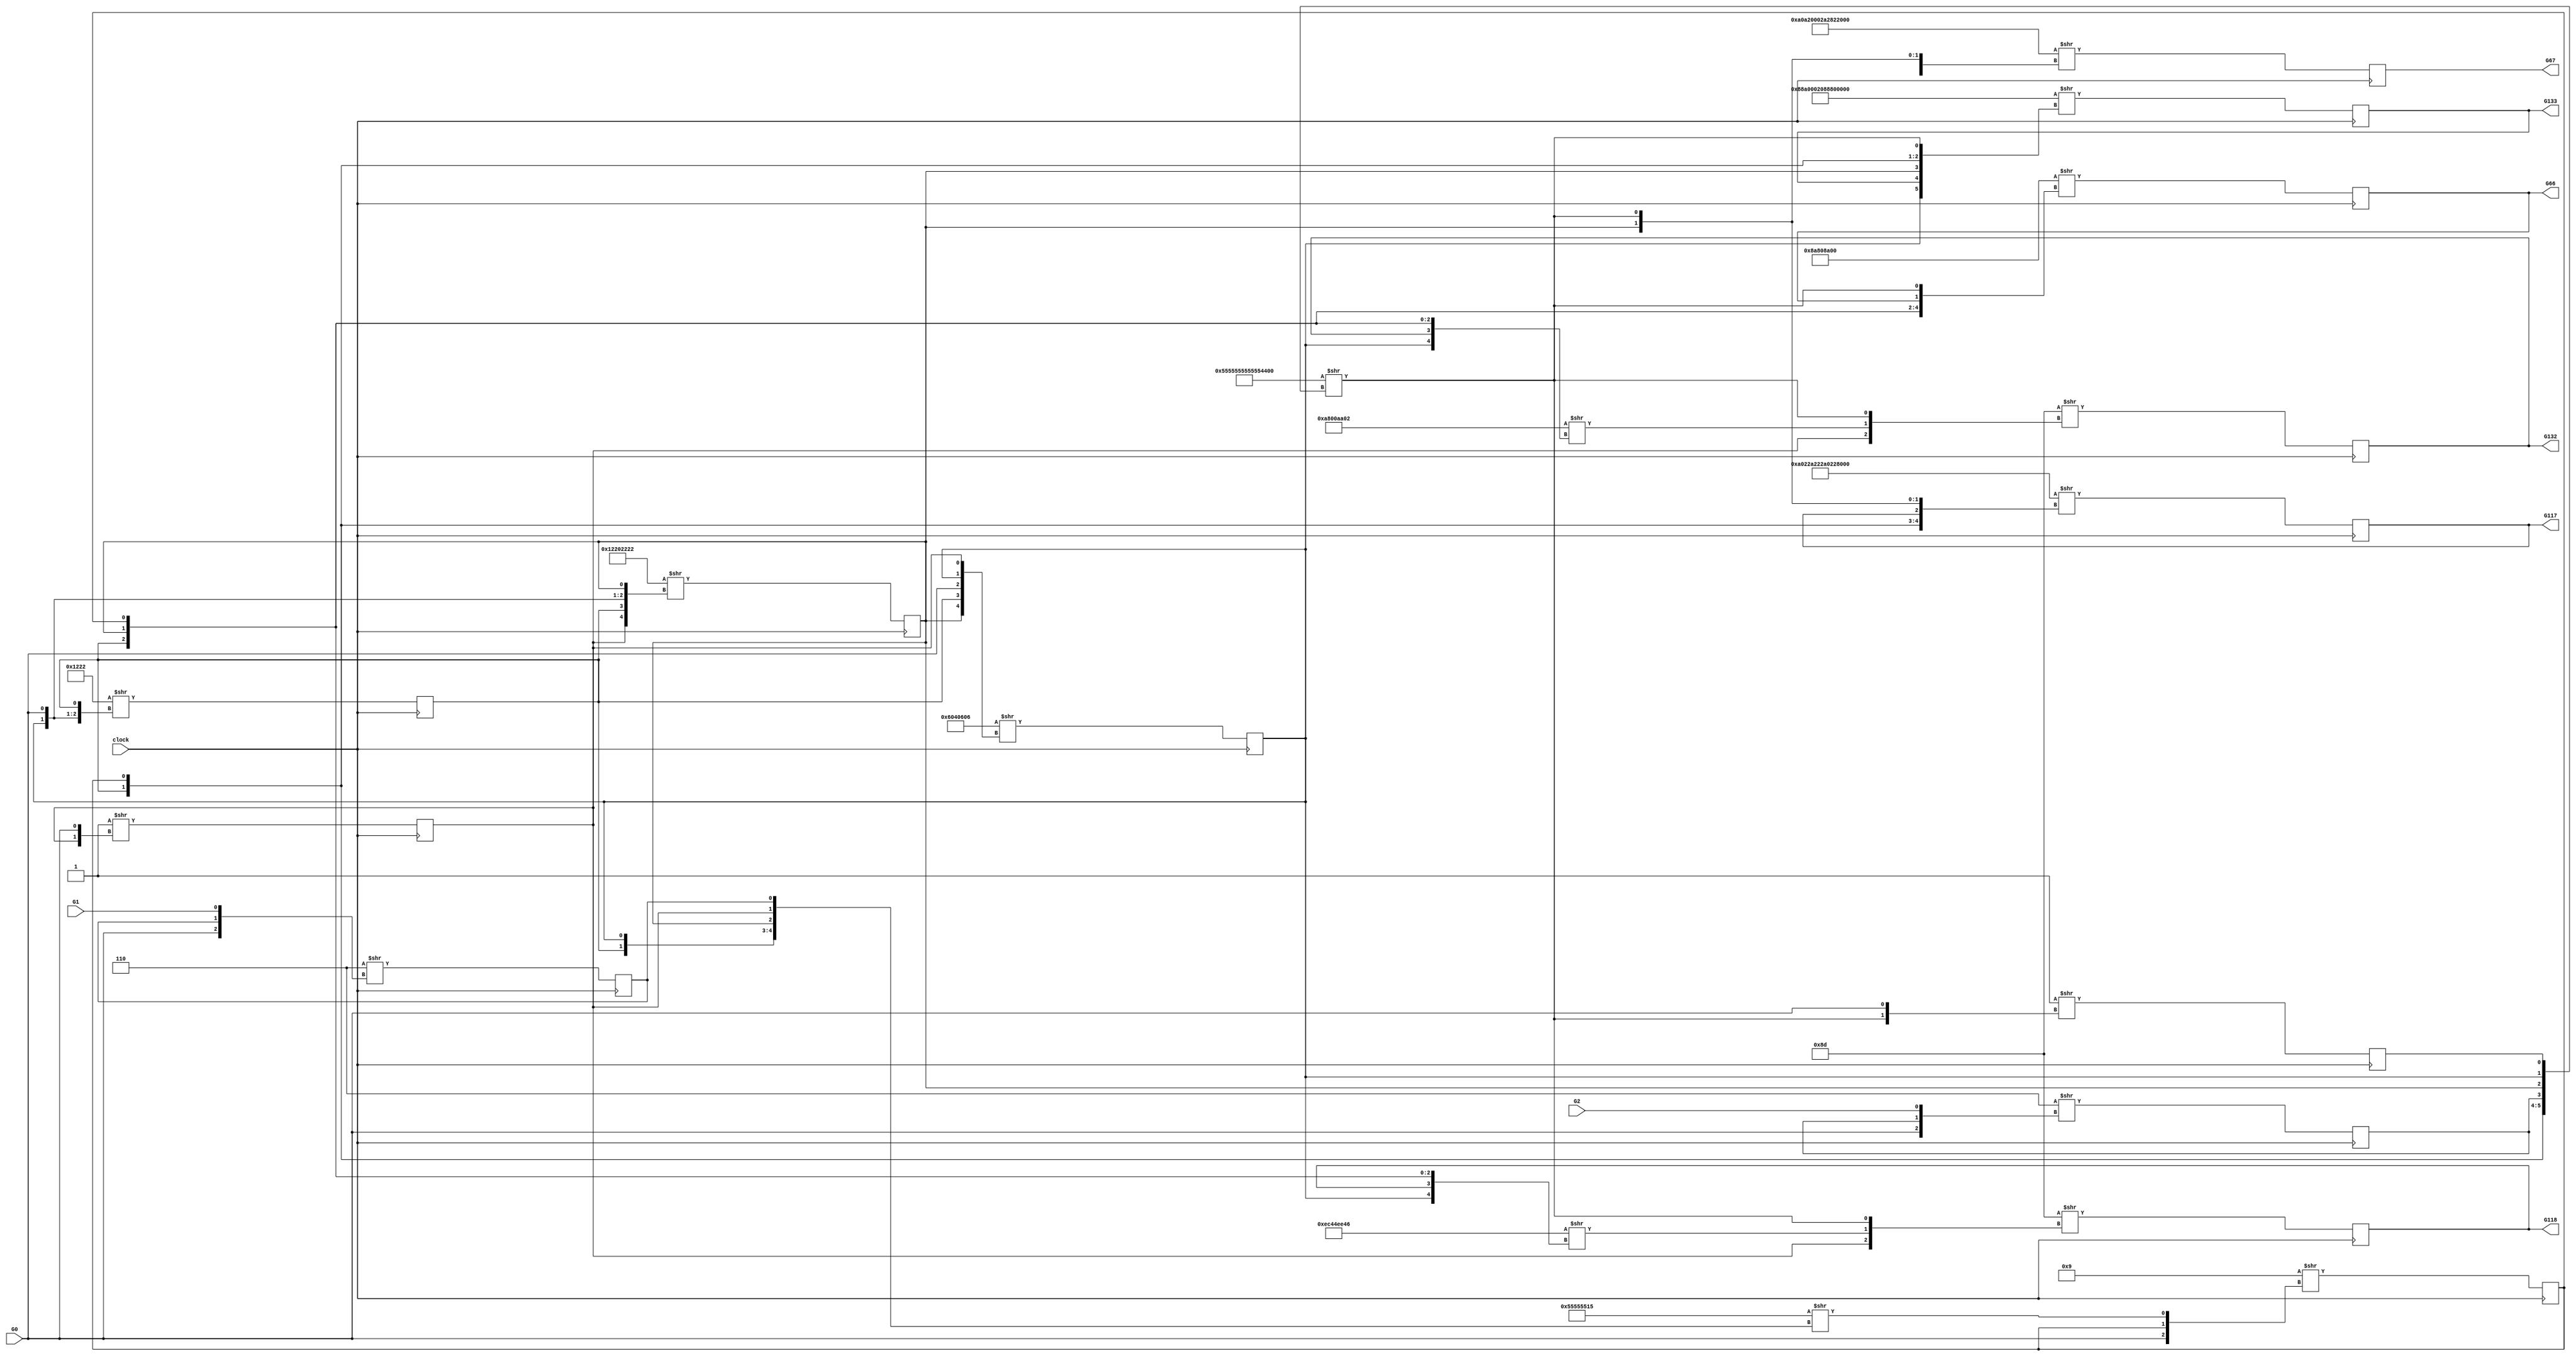
// This program was cloned from: https://github.com/lnis-uofu/OpenFPGA
// License: MIT License

/* Generated by Yosys 0.8+133 (git sha1 2a2e0a4, gcc 7.3.0 -fPIC -Os) */

module s298(clock, G0, G1, G2, G117, G132, G66, G118, G133, G67);
  input G0;
  input G1;
  (* init = 1'h0 *)
  reg G10 = 1'h0;
  (* init = 1'h0 *)
  reg G11 = 1'h0;
  (* init = 1'h0 *)
  output G117;
  reg G117 = 1'h0;
  (* init = 1'h0 *)
  output G118;
  reg G118 = 1'h0;
  (* init = 1'h0 *)
  reg G12 = 1'h0;
  (* init = 1'h0 *)
  reg G13 = 1'h0;
  (* init = 1'h0 *)
  output G132;
  reg G132 = 1'h0;
  (* init = 1'h0 *)
  output G133;
  reg G133 = 1'h0;
  (* init = 1'h0 *)
  reg G14 = 1'h0;
  (* init = 1'h0 *)
  reg G15 = 1'h0;
  input G2;
  (* init = 1'h0 *)
  reg G22 = 1'h0;
  (* init = 1'h0 *)
  reg G23 = 1'h0;
  (* init = 1'h0 *)
  output G66;
  reg G66 = 1'h0;
  (* init = 1'h0 *)
  output G67;
  reg G67 = 1'h0;
  input clock;
  wire n21;
  wire n26;
  wire n31;
  wire n36;
  wire n41;
  wire n46;
  wire n51;
  wire n55;
  wire n56;
  wire n57;
  wire n59;
  wire n59_1;
  wire n63;
  wire n65;
  wire n67;
  wire n71;
  wire n75;
  wire n80;
  always @(posedge clock)
      G10 <= n21;
  always @(posedge clock)
      G118 <= n63;
  always @(posedge clock)
      G132 <= n67;
  always @(posedge clock)
      G133 <= n71;
  always @(posedge clock)
      G22 <= n75;
  always @(posedge clock)
      G23 <= n80;
  always @(posedge clock)
      G11 <= n26;
  always @(posedge clock)
      G12 <= n31;
  always @(posedge clock)
      G13 <= n36;
  always @(posedge clock)
      G14 <= n41;
  always @(posedge clock)
      G15 <= n46;
  always @(posedge clock)
      G66 <= n51;
  always @(posedge clock)
      G67 <= n55;
  always @(posedge clock)
      G117 <= n59;
  assign n63 = 8'h8d >> { G10, n57, n56 };
  assign n56 = 64'h55555555555545d5 >> { G12, G14, G22, G13, G11, G15 };
  assign n57 = 32'd3963940422 >> { G11, G118, G12, G13, G14 };
  assign n67 = 8'h8d >> { G10, n59_1, n56 };
  assign n59_1 = 32'd2818615810 >> { G11, G132, G12, G13, G14 };
  assign n21 = 4'h1 >> { G10, G0 };
  assign n26 = 32'd100926982 >> { G13, G12, G0, G11, G10 };
  assign n31 = 16'h1222 >> { G10, G11, G0, G12 };
  assign n36 = 32'd304095778 >> { G10, G12, G11, G0, G13 };
  assign n41 = 8'h09 >> { G0, G14, n65 };
  assign n65 = 32'd1431655701 >> { G12, G11, G13, G10, G23 };
  assign n46 = 4'h1 >> { n56, G0 };
  assign n51 = 32'd2323679744 >> { G12, G13, G14, G66, n56 };
  assign n55 = 64'ha0a20002a2822202 >> { G12, G67, G11, G14, G13, n56 };
  assign n59 = 64'ha022a222a0228022 >> { G11, G12, G14, G117, G13, n56 };
  assign n71 = 64'h88a0002088800000 >> { G11, G133, G13, G12, G14, n56 };
  assign n75 = 8'h06 >> { G0, G22, G2 };
  assign n80 = 8'h06 >> { G0, G23, G1 };
endmodule